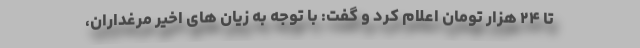
تا ۲۴ هزار تومان اعلام کرد و گفت: با توجه به زیان های اخیر مرغداران،